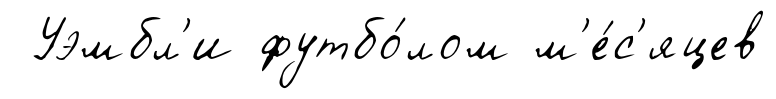
Уэмбл'и футбо́лом м'е́с'яцев